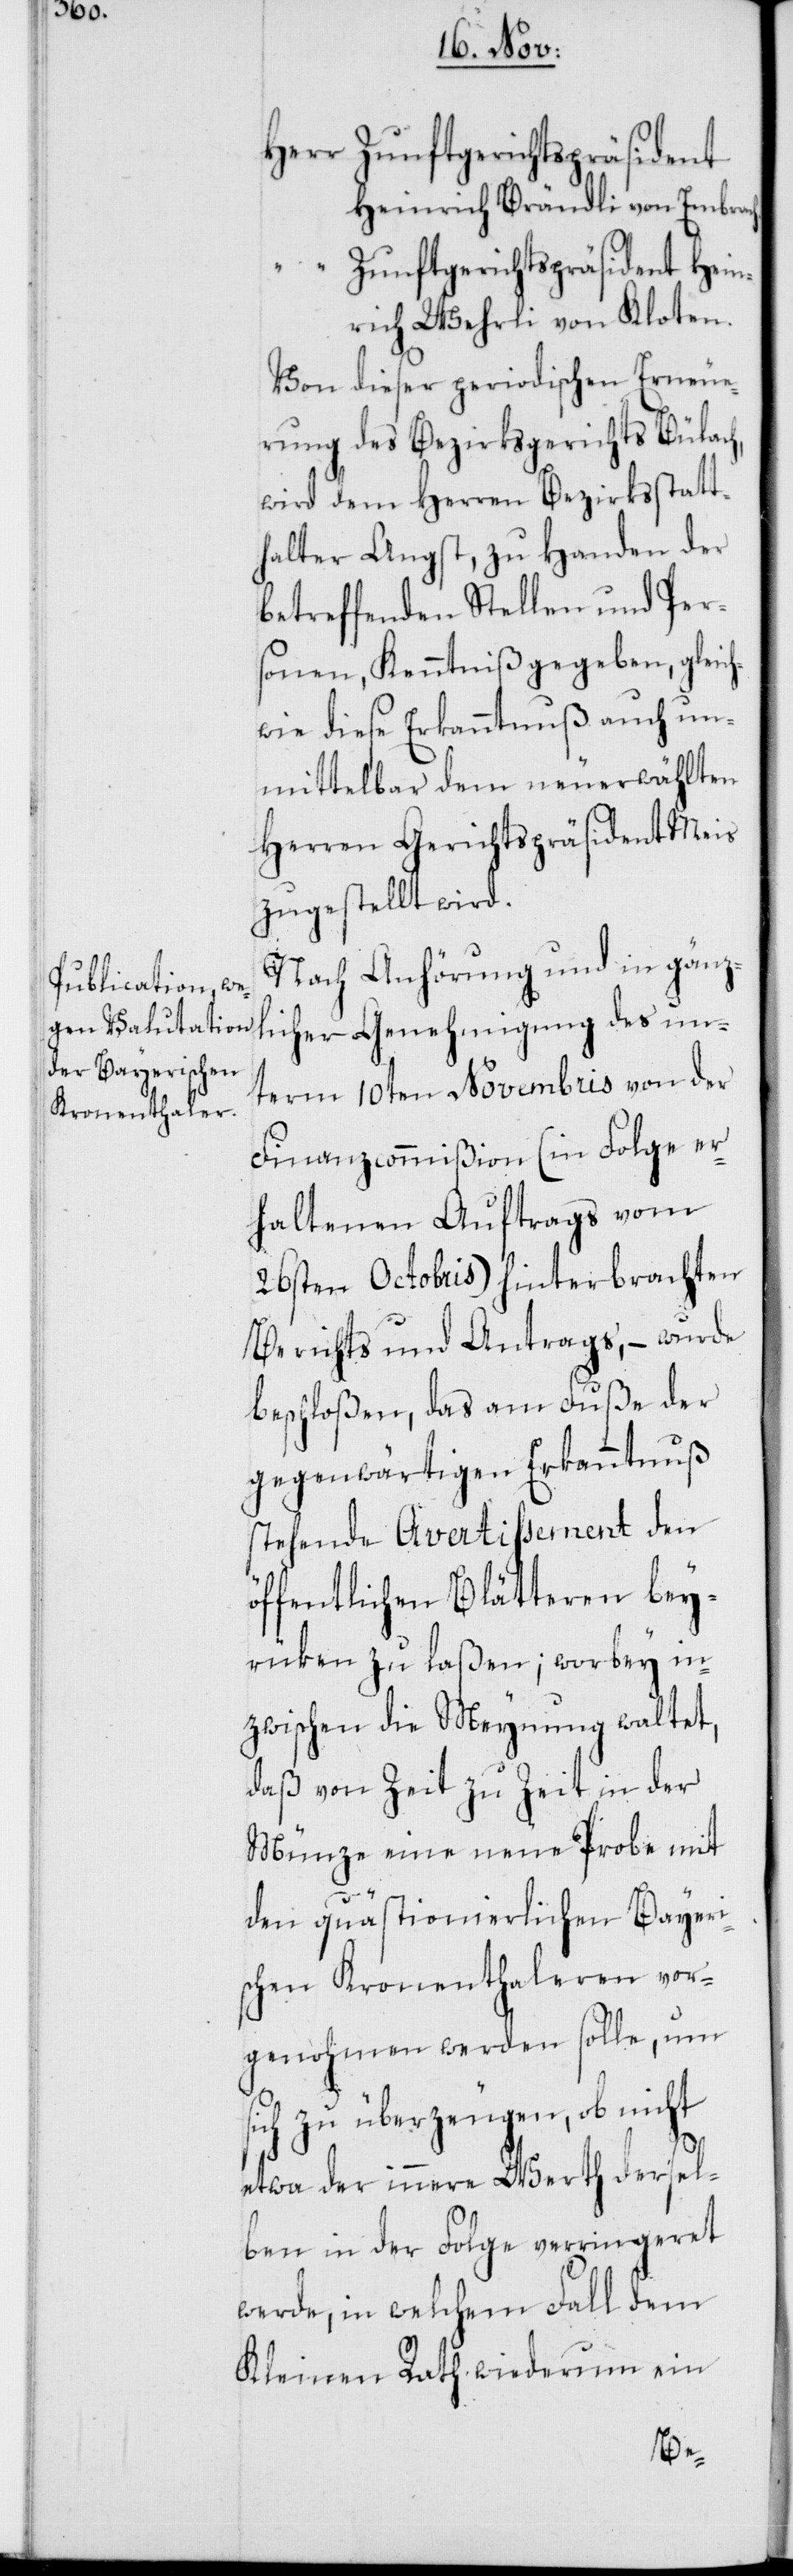
Herr Zunftgerichtspräsident
Heinrich Brändli von Embrach.
“ Zunftgerichtspräsident Hein¬
rich Wehrli von Kloten.
Von dieser periodischen Erneue¬
rung des Bezirksgerichts Bülach,
wird dem Herren Bezirksstatt¬
halter Angst, zu Handen der
betreffenden Stellen und Per¬
sonen, Kenntniß gegeben, gleich¬
wie diese Erkanntnuß auch un¬
mittelbar dem neuerwählten
Herren Gerichtspräsident Meis
zugestellt wird.
Nach Anhörung und in gänz¬
licher Genehmigung des un¬
term 10ten Novembris von der
Finanzcommißion (in Folge er¬
haltenen Auftrags vom
26sten Octobris) hinterbrachten
Berichts und Antrags, – wurde
beschloßen, das am Fuße der
gegenwärtigen Erkanntnuß
stehende Avertißement den
öffentlichen Blätteren bey¬
rüken zu laßen; worbey in¬
zwischen die Meynung waltet,
daß von Zeit zu Zeit in der
Münze eine neue Probe mit
den quästionierlichen Bayeri¬
schen Kronenthaleren vor¬
genohmen werden solle, um
sich zu überzeugen, ob nicht
etwa der innere Werth dersel¬
ben in der Folge verringeret
werde, in welchem Fall dem
Kleinen Rath wiederum ein